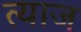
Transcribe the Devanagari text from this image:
त्याज